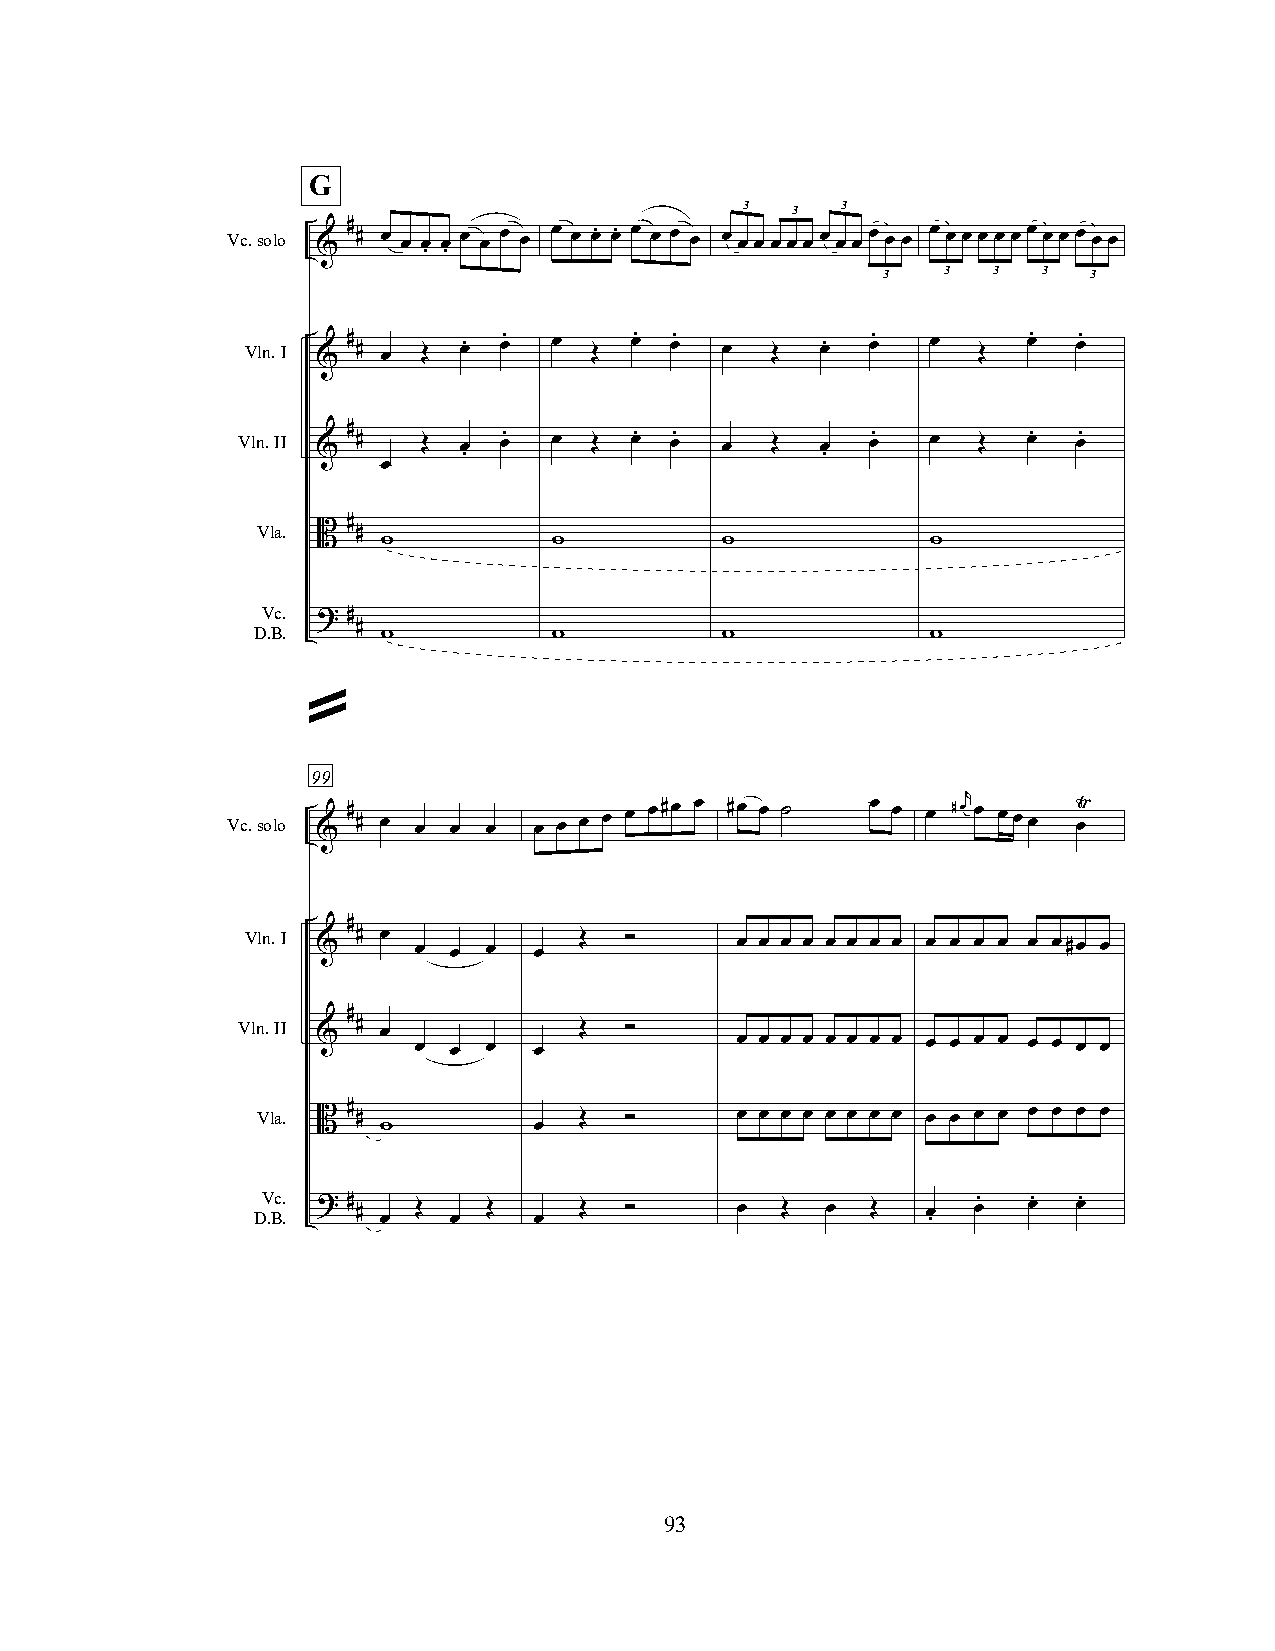
G
 3  3   3
 Vc.solo & # # œ œ œ . œ . œ œ œ œ œ œ œ. œ. œ œ œ œ œ œ œ œ œ œ œ œ œ œ œ œ œ œ œ œ œ œ œ œ œ œ œ œ
 3    3  3  3  3
 Vln.I & # # œ Œ œ. œ. œ Œ œ. œ. œ  Œ  œ.  œ.  œ  Œ  œ. œ.
 Vln.II & # # Œ œ . œ. œ Œ œ. œ. œ  Œ  œ . œ.  œ  Œ  œ. œ.
 œ
 Vla.  #
 B  #
 w           w          w             w
 Vc.
 ? #
 D.B.   #
 w           w          w             w
 »
 99
 r
 Vc.solo & # # œ œ œ œ œ œ œ œ œ œ#œ œ #œ œ ˙ œ œ œ #œ œ œœœ œŸ
 #
 Vln.I & # œ œ œ œ  œ  Œ  ”       œ œ œ œ œ œ œ œ œ œ œ œ œ œ#œ œ
 #
 Vln.II & # œ œ œ œ œ  Œ  ”       œ œ œ œ œ œ œ œ œ œ œ œ œ œ œ œ
 Vla. B # #           Œ  ”       œ œ œ œ œ œ œ œ œ œ œ œ œ œ œ œ
 w         œ
 Vc.
 D.B.
 ? #
 #  Œ    Œ     Œ  ”       œ  Œ  œ  Œ  œ
 œ.  œ. œ.
 œ    œ    œ                         .
 93